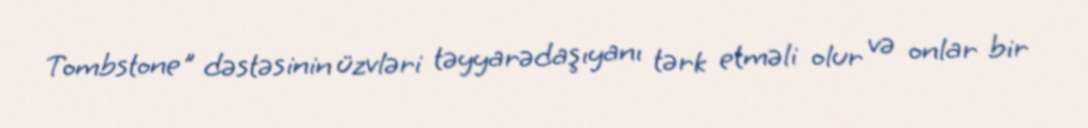
Tombstone" dəstəsinin üzvləri təyyarədaşıyanı tərk etməli olur və onlar bir